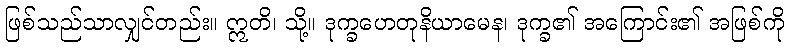
ဖြစ်သည်သာလျှင်တည်း။ ဣတိ၊ သို့။ ဒုက္ခဟေတုနိယာမေန၊ ဒုက္ခ၏ အကြောင်း၏ အဖြစ်ကို